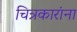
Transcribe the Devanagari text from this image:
चित्रकारांना